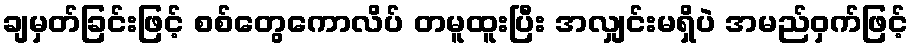
ချမှတ်ခြင်းဖြင့် စစ်တွေကောလိပ် တမူထူးပြီး အလျှင်းမရှိပဲ အမည်ဝှက်ဖြင့်